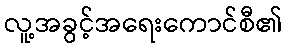
လူ့အခွင့်အရေးကောင်စီ၏